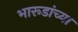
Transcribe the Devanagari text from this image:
भारूडांच्या